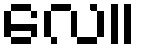
လေ။